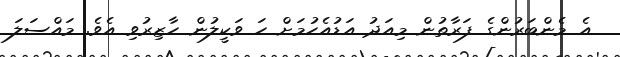
އެ މެންބަރުންގެ ފަރާތުން މިއަދު އަޑުއެހުމަށް ހަ ވަކީލުން ހާޒިރުވި އެވެ. މައްސަލަ